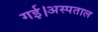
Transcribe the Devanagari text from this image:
गई।अस्पताल